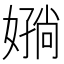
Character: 𫱪